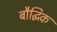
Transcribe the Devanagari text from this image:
बौद्धिक